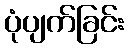
ပုံပျက်ခြင်း